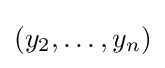
(y_{2},\dots ,y_{n})